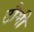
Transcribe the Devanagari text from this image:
टौमी